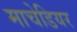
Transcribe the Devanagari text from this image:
माचेडियर